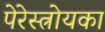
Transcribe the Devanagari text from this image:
पेरेस्त्रोयका